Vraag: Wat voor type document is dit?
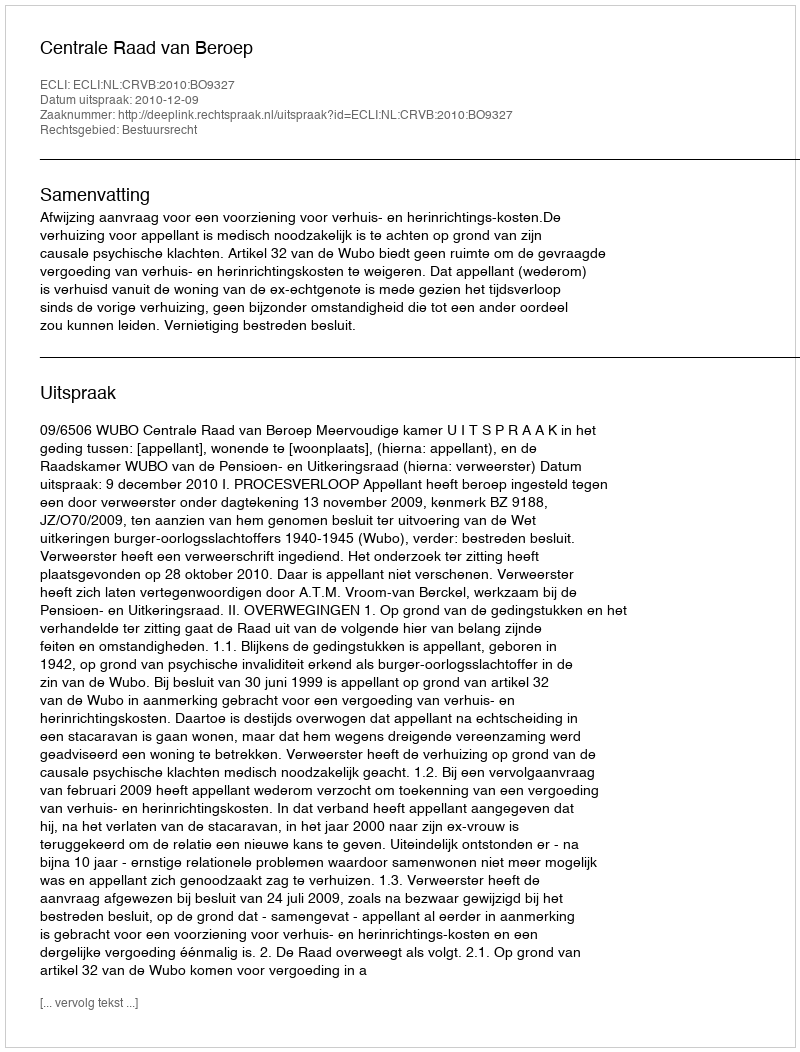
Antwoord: Uitspraak